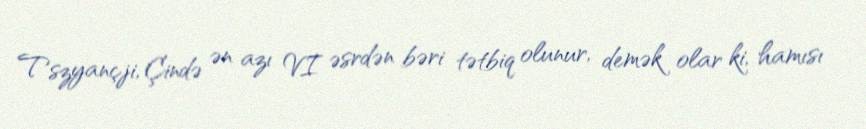
Tszyançji, Çində ən azı VI əsrdən bəri tətbiq olunur, demək olar ki, hamısı